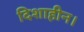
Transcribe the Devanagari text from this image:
दिशाहीन।